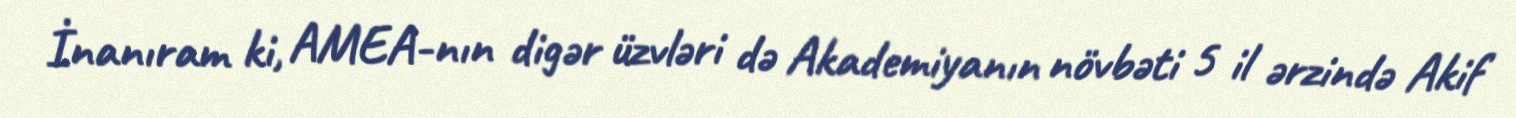
İnanıram ki, AMEA-nın digər üzvləri də Akademiyanın növbəti 5 il ərzində Akif